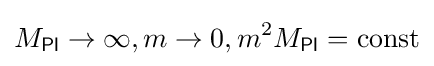
M_{\mathsf {Pl}}\to \infty ,m\to 0,m^{2}M_{\mathsf {Pl}}={\text{const}}